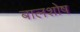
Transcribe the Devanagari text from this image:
बालशोष